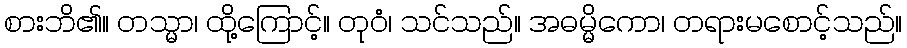
စားဘိ၏။ တသ္မာ၊ ထို့ကြောင့်။ တုဝံ၊ သင်သည်။ အဓမ္မိကော၊ တရားမစောင့်သည်။